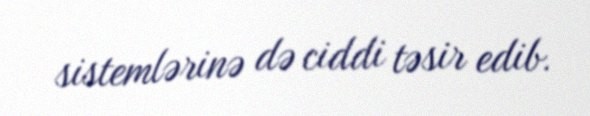
sistemlərinə də ciddi təsir edib.